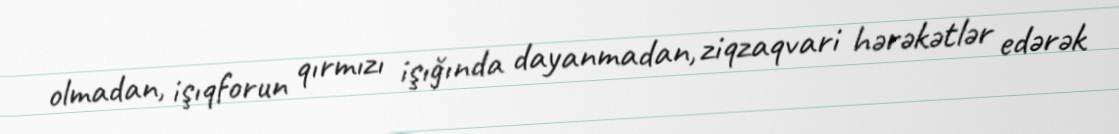
olmadan, işıqforun qırmızı işığında dayanmadan, ziqzaqvari hərəkətlər edərək